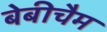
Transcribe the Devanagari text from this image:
बेबीचैम